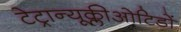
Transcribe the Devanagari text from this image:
टेट्रान्यूक्लीओटिडों